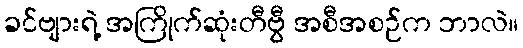
ခင်ဗျားရဲ့ အကြိုက်ဆုံးတီဗွီ အစီအစဉ်က ဘာလဲ။